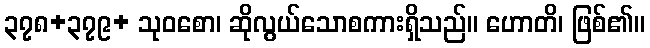
၃၇၈+၃၇၉+ သုဝစော၊ ဆိုလွယ်သောစကားရှိသည်။ ဟောတိ၊ ဖြစ်၏။